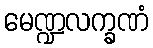
မေဏ္ဍလက္ခဏံ